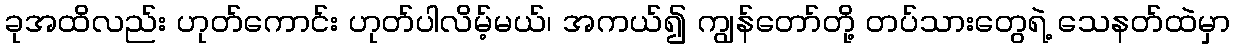
ခုအထိလည်း ဟုတ်ကောင်း ဟုတ်ပါလိမ့်မယ်၊ အကယ်၍ ကျွန်တော်တို့ တပ်သားတွေရဲ့ သေနတ်ထဲမှာ